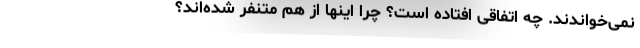
نمی‌خواندند. چه اتفاقی افتاده است؟ چرا اینها از هم متنفر شده‌اند؟